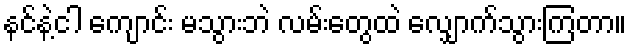
နင်နဲ့ငါ ကျောင်း မသွားဘဲ လမ်းတွေထဲ လျှောက်သွားကြတာ။